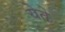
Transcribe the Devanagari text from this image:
येेते